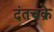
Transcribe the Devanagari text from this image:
दंतचक्रे